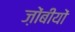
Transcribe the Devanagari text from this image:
ज़ोंबीयों